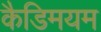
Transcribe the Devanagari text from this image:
कैडिमयम